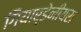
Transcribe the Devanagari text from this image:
गियार्डेनीयरा